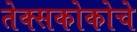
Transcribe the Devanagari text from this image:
तेक्सकोकोचे